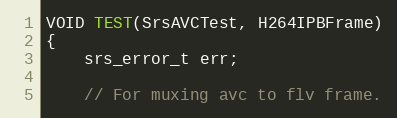
Language: C++
VOID TEST(SrsAVCTest, H264IPBFrame)
{
    srs_error_t err;

    // For muxing avc to flv frame.